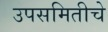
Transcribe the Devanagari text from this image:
उपसमितीचे